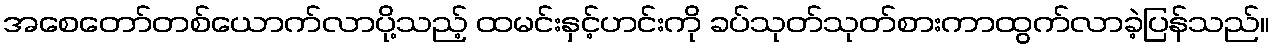
အစေတော်တစ်ယောက်လာပို့သည့် ထမင်းနှင့်ဟင်းကို ခပ်သုတ်သုတ်စားကာထွက်လာခဲ့ပြန်သည်။